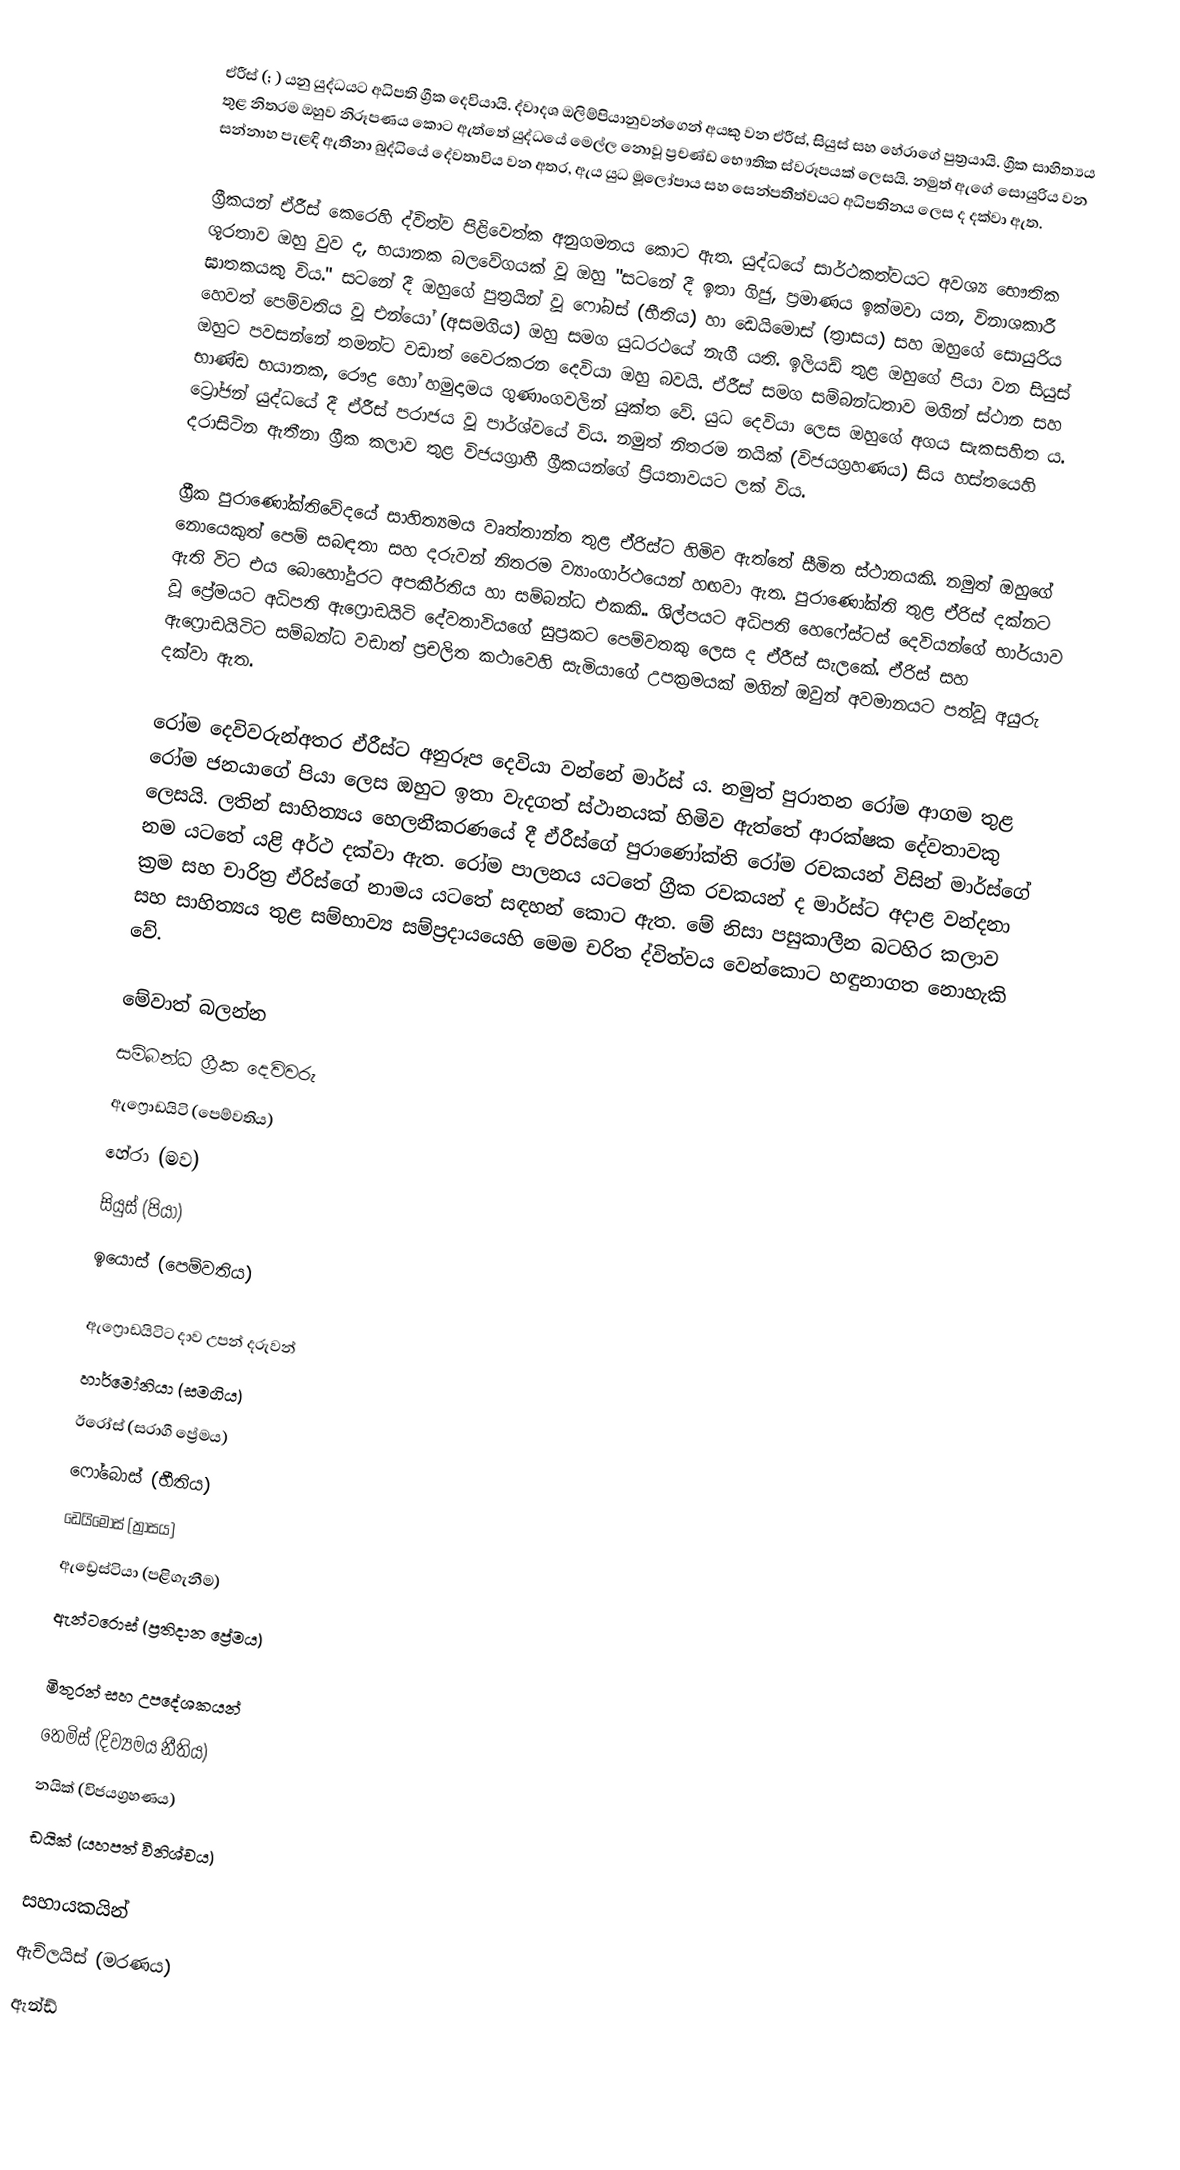
ඒරීස් (;  ) යනු යුද්ධයට අධිපති ග්‍රීක දෙවියායි. ද්වාදශ ඔලිම්පියානුවන්ගෙන් අයකු වන ඒරීස්, සියුස් සහ හේරාගේ පුත්‍රයායි. ග්‍රීක සාහිත්‍යය තුළ නිතරම ඔහුව නිරූපණය කොට ඇත්තේ යුද්ධයේ මෙල්ල නොවූ ප්‍රචණ්ඩ භෞතික ස්වරූපයක් ලෙසයි. නමුත් ඇගේ සොයුරිය වන සන්නාහ පැළඳි ඇතීනා බුද්ධියේ දේවතාවිය වන අතර, ඇය යුධ මූලෝපාය සහ සෙන්පතීත්වයට අධිපතිනය ලෙස ද දක්වා ඇත.

ග්‍රීකයන් ඒරීස් කෙරෙහි ද්විත්ව පිළිවෙත්ක අනුගමනය කොට ඇත. යුද්ධයේ සාර්ථකත්වයට අවශ්‍ය භෞතික ශූරතාව ඔහු වුව ද, භයානක බලවේගයක් වූ ඔහු "සටනේ දී ඉතා ගිජු, ප්‍රමාණය ඉක්මවා යන, විනාශකාරී ඝාතකයකු විය." සටනේ දී ඔහුගේ පුත්‍රයින් වූ ෆෝබස් (භීතිය) හා ඩෙයිමොස් (ත්‍රාසය) සහ ඔහුගේ සොයුරිය හෙවත් පෙම්වතිය වූ එන්යෝ (අසමගිය) ඔහු සමග යුධරථයේ නැගී යති. ඉලියඩ් තුළ ඔහුගේ පියා වන සියුස් ඔහුට පවසන්නේ තමන්ට වඩාත් වෛරකරන දෙවියා ඔහු බවයි. ඒරීස් සමග සම්බන්ධතාව මගින් ස්ථාන සහ භාණ්ඩ භයානක, රෞද්‍ර හෝ හමුදාමය ගුණාංගවලින් යුක්ත වේ. යුධ දෙවියා ලෙස ඔහුගේ අගය සැකසහිත ය. ට්‍රෝජන් යුද්ධයේ දී ඒරීස් පරාජය වූ පාර්ශ්වයේ විය. නමුත් නිතරම නයික් (විජයග්‍රහණය) සිය හස්තයෙහි දරාසිටින ඇතීනා ග්‍රීක කලාව තුළ විජයග්‍රාහී ග්‍රීකයන්ගේ ප්‍රියතාවයට ලක් විය.

ග්‍රීක පුරාණෝක්තිවේදයේ සාහිත්‍යමය වෘත්තාන්ත තුළ ඒරිස්ට හිමිව ඇත්තේ සීමිත ස්ථානයකි. නමුත් ඔහුගේ නොයෙකුත් පෙම් සබඳතා සහ දරුවන් නිතරම ව්‍යාංගාර්ථයෙන් හඟවා ඇත. පුරාණෝක්ති තුළ ඒරිස් දක්නට ඇති විට එය බොහෝදුරට අපකීර්තිය හා සම්බන්ධ එකකි.. ශිල්පයට අධිපති හෙෆේස්ටස් දෙවියන්ගේ භාර්යාව වූ ප්‍රේමයට අධිපති ඇෆ්‍රොඩයිටි දේවතාවියගේ සුප්‍රකට පෙම්වතකු ලෙස ද ඒරීස් සැලකේ. ඒරිස් සහ ඇෆ්‍රොඩයිටිට සම්බන්ධ වඩාත් ප්‍රචලිත කථාවෙහි සැමියාගේ උපක්‍රමයක් මගින් ඔවුන් අවමානයට පත්වූ අයුරු දක්වා ඇත.

‍රෝම දෙවිවරුන්අතර ඒරීස්ට අනුරූප දෙවියා වන්නේ මාර්ස් ය. නමුත් පුරාතන රෝම ආගම තුළ රෝම ජනයාගේ පියා ලෙස ඔහුට ඉතා වැදගත් ස්ථානයක් හිමිව ඇත්තේ ආරක්ෂක දේවතාවකු ලෙසයි. ලතින් සාහිත්‍යය හෙලනීකරණයේ දී ඒරීස්ගේ පුරාණෝක්ති රෝම රචකයන් විසින් මාර්ස්ගේ නම යටතේ යළි අර්ථ දක්වා ඇත. රෝම පාලනය යටතේ ග්‍රීක රචකයන් ද මාර්ස්ට අදාළ වන්දනා ක්‍රම සහ චාරිත්‍ර ඒරිස්ගේ නාමය යටතේ සඳහන් කොට ඇත. මේ නිසා පසුකාලීන බටහිර කලාව සහ සාහිත්‍යය තුළ සම්භාව්‍ය සම්ප්‍රදායයෙහි මෙම චරිත ද්විත්වය වෙන්කොට හඳුනාගත නොහැකි වේ.

මේවාත් බලන්න
 සම්බන්ධ ග්‍රීක දෙවිවරු
 ඇෆ්‍රොඩයිටි (පෙම්වතිය)
 හේරා (මව)
 සියුස් (පියා)
 ඉයොස් (පෙම්වතිය)

 ඇෆ්‍රොඩයිටිට දාව උපන් දරුවන්
 හාර්මෝනියා (සමගිය)
 ඊරෝස් (සරාගී ප්‍රේමය)
 ෆෝබොස් (භීතිය)
 ඩෙයිමොස් (ත්‍රාසය)
 ඇඩ්‍රෙස්ටියා (පළිගැනීම)
 ඇන්ටරොස් (ප්‍රතිදාන ප්‍රේමය)

 මිතුරන් සහ උපදේශකයන්
 තෙමිස් (දිව්‍යමය නීතිය)
 නයික් (විජයග්‍රහණය)
 ඩයික් (යහපත් විනිශ්චය)

 සහායකයින්
 ඇච්ලයිස් (මරණය)
 ඇන්ඩ්